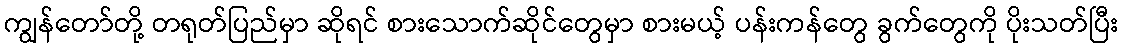
ကျွန်တော်တို့ တရုတ်ပြည်မှာ ဆိုရင် စားသောက်ဆိုင်တွေမှာ စားမယ့် ပန်းကန်တွေ ခွက်တွေကို ပိုးသတ်ပြီး